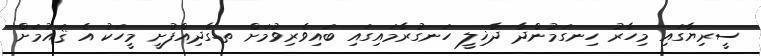
ސީރިޔާގައި މިހާރު ހިނގަމުންދާ ދާޚިލީ ހަނގުރާމައިގައި ބައިވެރިވުމަށް ތ.ގާދިއްފުށީ މީހަކު އެ ޤައުމަށް